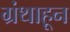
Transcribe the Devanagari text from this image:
ग्रंथाहून